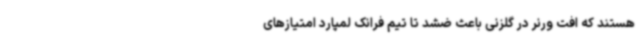
هستند که افت ورنر در گلزنی باعث ضشد تا تیم فرانک لمپارد امتیازهای